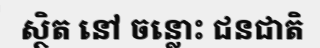
ស្ថិត នៅ ចន្លោះ ជនជាតិ